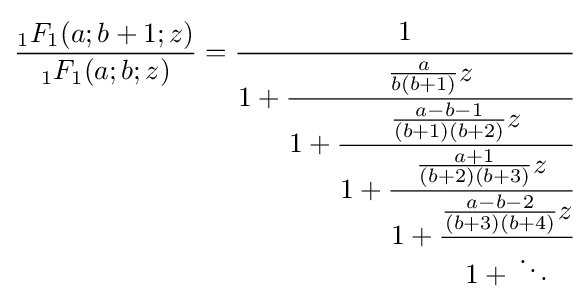
{\frac {{}_{1}F_{1}(a;b+1;z)}{{}_{1}F_{1}(a;b;z)}}={\cfrac {1}{1+{\cfrac {{\frac {a}{b(b+1)}}z}{1+{\cfrac {{\frac {a-b-1}{(b+1)(b+2)}}z}{1+{\cfrac {{\frac {a+1}{(b+2)(b+3)}}z}{1+{\cfrac {{\frac {a-b-2}{(b+3)(b+4)}}z}{1+{}\ddots }}}}}}}}}}